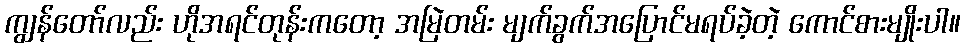
ကျွန်တော်လည်း ဟိုအရင်တုန်းကတော့ အမြဲတမ်း မျက်ခွက်အပြောင်မရပ်ခဲ့တဲ့ ကောင်စားမျိုးပါ။